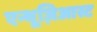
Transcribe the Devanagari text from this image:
एन्थूज़िआस्ट